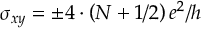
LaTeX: \sigma _ { x y } = \pm { 4 \cdot \left( N + 1 / 2 \right) e ^ { 2 } } / h